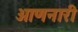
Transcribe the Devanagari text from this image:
आणनारी